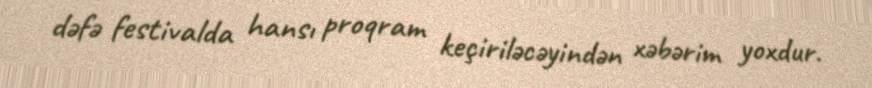
dəfə festivalda hansı proqram keçiriləcəyindən xəbərim yoxdur.